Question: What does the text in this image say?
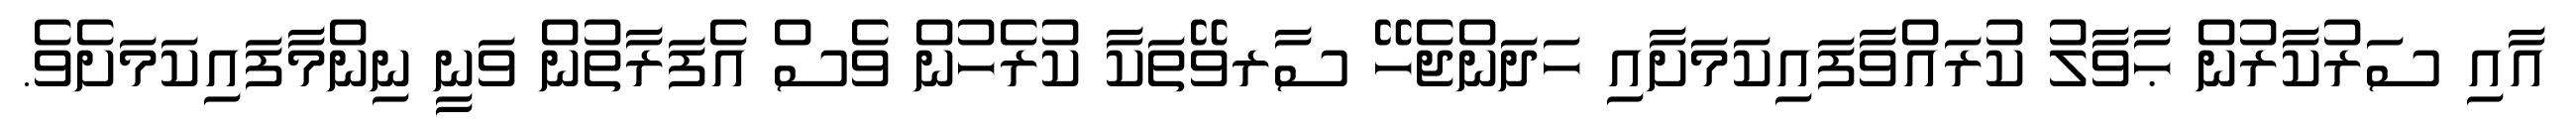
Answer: އާއި ސަރުކާރުން ޙާވާލު ކުރައްވާފައިކަމަށާއި ހަދަންޖެހޭ ސާރވޭތަކާ ކުރެހުން ވެސް އެފަރާތުން ވަނީ ނިންމާފައިކަމަށެވެ.